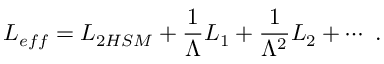
{ \cal L } _ { e f f } = { \cal L } _ { \mathrm 2 H S M } + \frac { 1 } { \Lambda } { \cal L } _ { 1 } + \frac { 1 } { \Lambda ^ { 2 } } { \cal L } _ { 2 } + \cdots \ .